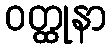
ဝတ္ထုနာ